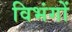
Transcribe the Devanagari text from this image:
विभंगों